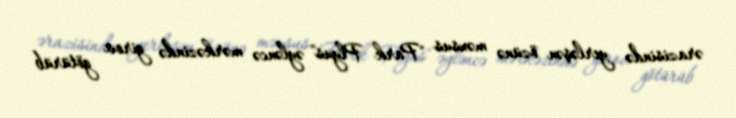
ərazisində yerləşən özünə məxsus "Park Plyus" əyləncə mərkəzində girov götürüb